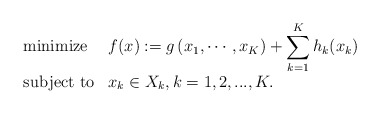
\begin{align*}\begin{array}{ll}\mbox{minimize} &\displaystyle f(x):=g\left(x_1,\cdots, x_K\right)+\sum_{k=1}^{K}h_k(x_k)\\ [10pt]\mbox{subject to} & x_k\in X_k,k=1,2,...,K.\end{array}\end{align*}